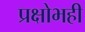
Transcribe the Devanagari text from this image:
प्रक्षोभही